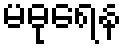
မဓုရေန